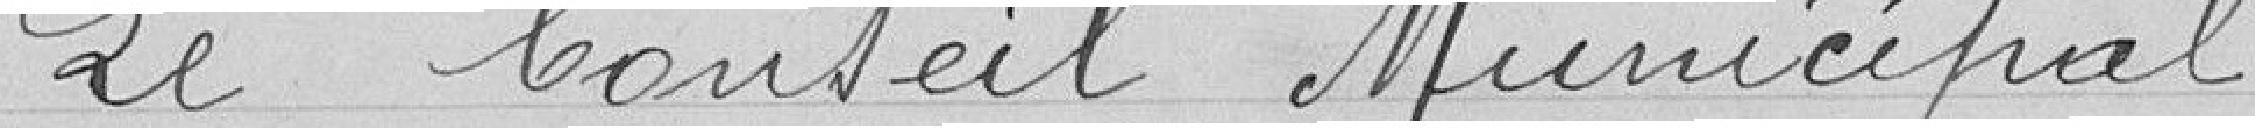
Le Conseil Municipal ,